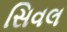
સિવલ